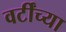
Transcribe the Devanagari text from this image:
वर्टींच्या